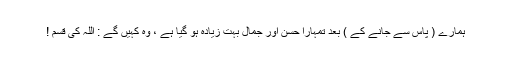
ہمارے ( پاس سے جانے کے ) بعد تمہارا حسن اور جمال بہت زیادہ ہو گیا ہے ، وہ کہیں گے : اللہ کی قسم !